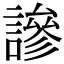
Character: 謲